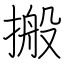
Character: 搬